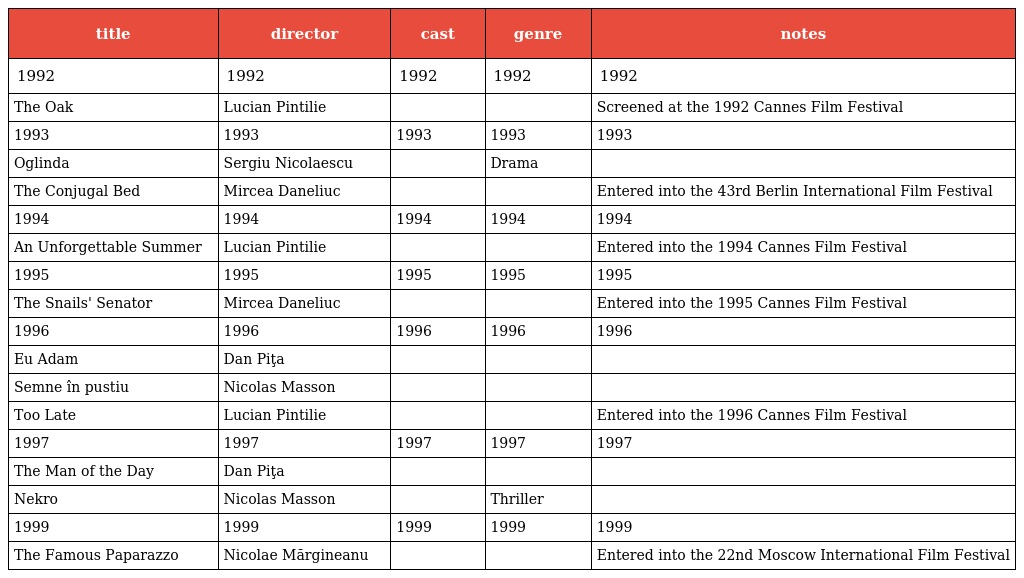
| title | director | cast | genre | notes |
 | --- | --- | --- | --- | --- |
 | 1992 | 1992 | 1992 | 1992 | 1992 |
 | The Oak | Lucian Pintilie |  |  | Screened at the 1992 Cannes Film Festival |
 | 1993 | 1993 | 1993 | 1993 | 1993 |
 | Oglinda | Sergiu Nicolaescu |  | Drama |  |
 | The Conjugal Bed | Mircea Daneliuc |  |  | Entered into the 43rd Berlin International Film Festival |
 | 1994 | 1994 | 1994 | 1994 | 1994 |
 | An Unforgettable Summer | Lucian Pintilie |  |  | Entered into the 1994 Cannes Film Festival |
 | 1995 | 1995 | 1995 | 1995 | 1995 |
 | The Snails' Senator | Mircea Daneliuc |  |  | Entered into the 1995 Cannes Film Festival |
 | 1996 | 1996 | 1996 | 1996 | 1996 |
 | Eu Adam | Dan Piţa |  |  |  |
 | Semne în pustiu | Nicolas Masson |  |  |  |
 | Too Late | Lucian Pintilie |  |  | Entered into the 1996 Cannes Film Festival |
 | 1997 | 1997 | 1997 | 1997 | 1997 |
 | The Man of the Day | Dan Piţa |  |  |  |
 | Nekro | Nicolas Masson |  | Thriller |  |
 | 1999 | 1999 | 1999 | 1999 | 1999 |
 | The Famous Paparazzo | Nicolae Mărgineanu |  |  | Entered into the 22nd Moscow International Film Festival |